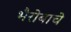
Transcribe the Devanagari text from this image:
भैरोबाचे